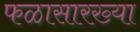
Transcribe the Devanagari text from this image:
फळासारख्या